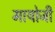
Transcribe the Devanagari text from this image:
मायोजी